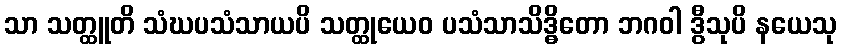
သာ သတ္ထူတိ သံဃပသံသာယပိ သတ္ထုယေဝ ပသံသာသိဒ္ဓိတော ဘဂဝါ ဒွီသုပိ နယေသု